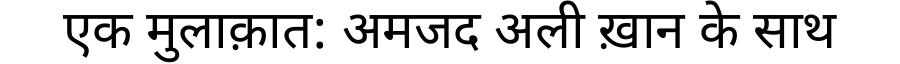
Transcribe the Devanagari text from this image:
एक मुलाक़ात: अमजद अली ख़ान के साथ